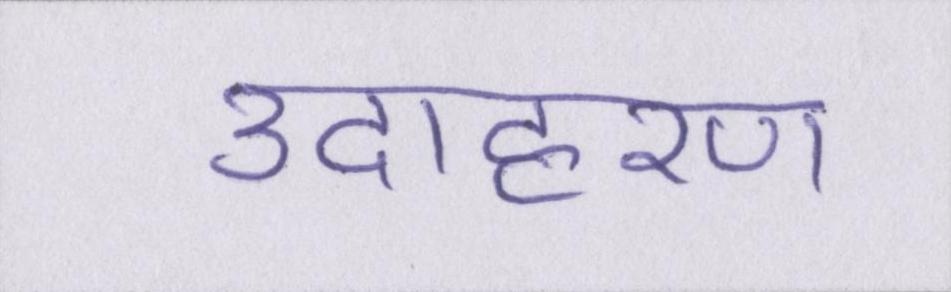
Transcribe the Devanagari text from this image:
उदाहरण